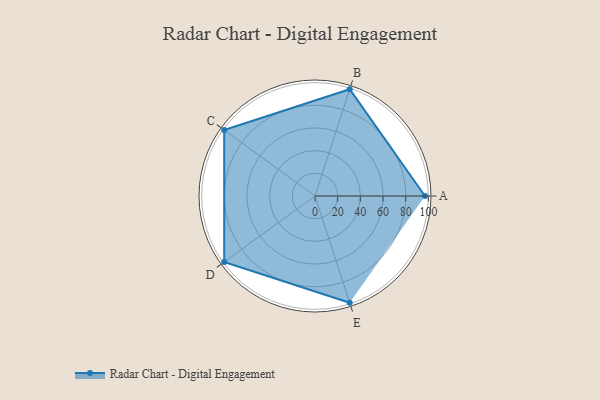
{"axis": {"x": "Skill", "y": "Score"}, "legend": ["Profile"], "data": [{"x": "A", "y": 97.0, "type": "Profile"}, {"x": "B", "y": 99, "type": "Profile"}, {"x": "C", "y": 99, "type": "Profile"}, {"x": "D", "y": 99, "type": "Profile"}, {"x": "E", "y": 99, "type": "Profile"}]}